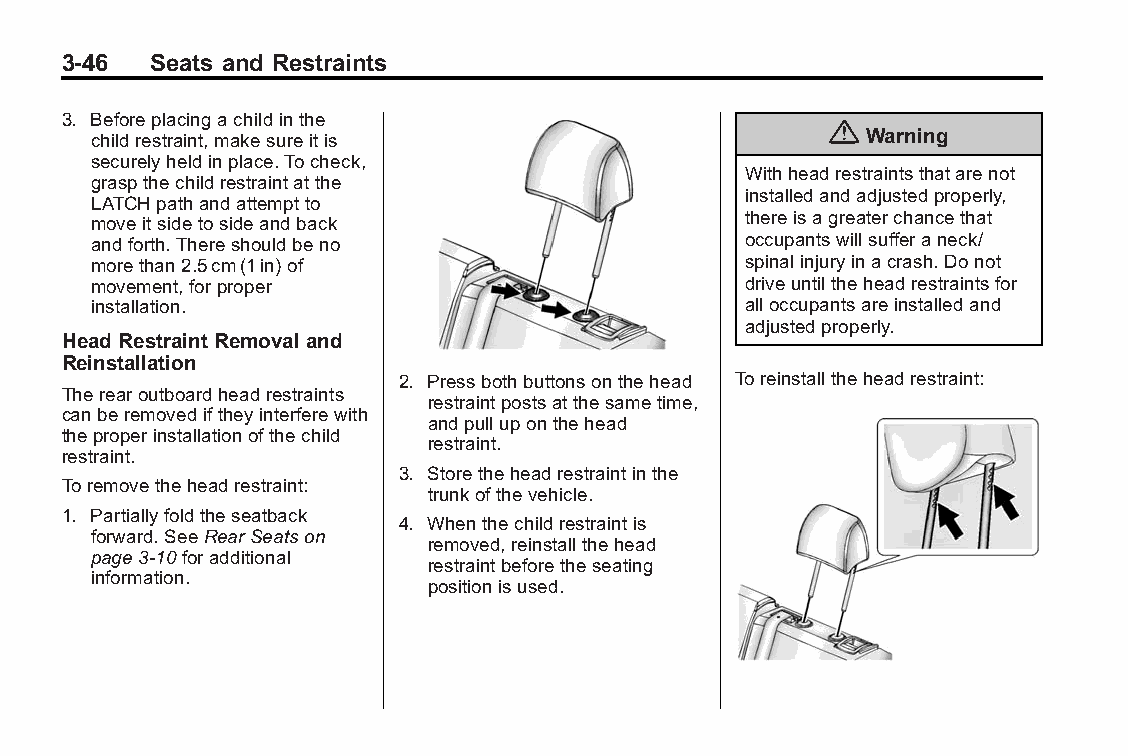
Buick LaCrosse Owner Manual (GMNA-Localizing-U.S./Canada/Mexico- Blackplate(46,1)
 6043609)-2014-2ndEdition-10/17/13
 3-46  Seats and Restraints
 3. Beforeplacingachildinthe
 {
 childrestraint,makesureitis                        Warning
 securelyheldinplace.Tocheck,
 Withheadrestraintsthatarenot
 graspthechildrestraintatthe
 installedandadjustedproperly,
 LATCHpathandattemptto
 moveitsidetosideandback                    thereisagreaterchancethat
 andforth.Thereshouldbeno                   occupantswillsufferaneck/
 morethan2.5cm(1in)of                       spinalinjuryinacrash.Donot
 movement,forproper                         driveuntiltheheadrestraintsfor
 installation.                              alloccupantsareinstalledand
 adjustedproperly.
 Head Restraint Removal and
 Reinstallation
 2. Pressbothbuttonsonthehead Toreinstalltheheadrestraint:
 Therearoutboardheadrestraints
 restraintpostsatthesametime,
 canberemovediftheyinterferewith
 andpulluponthehead
 theproperinstallationofthechild
 restraint.
 restraint.
 3. Storetheheadrestraintinthe
 Toremovetheheadrestraint:
 trunkofthevehicle.
 1. Partiallyfoldtheseatback
 4. Whenthechildrestraintis
 forward.SeeRearSeatson
 removed,reinstallthehead
 page3-10foradditional
 restraintbeforetheseating
 information.
 positionisused.